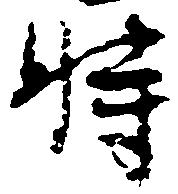
時